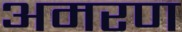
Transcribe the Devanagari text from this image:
अमरण